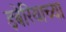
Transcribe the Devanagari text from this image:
इबेरियाच्या